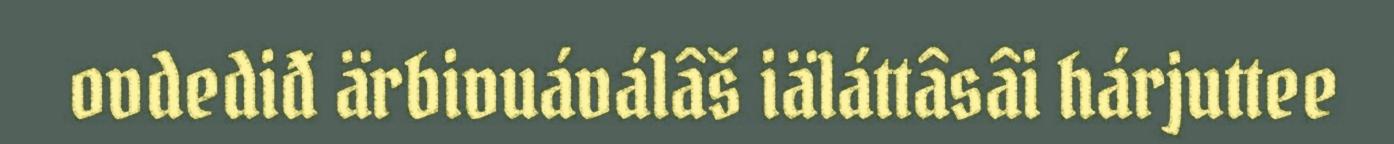
ovdediđ ärbivuáválâš iäláttâsâi hárjuttee